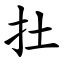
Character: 扗